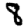
Digit: 8